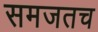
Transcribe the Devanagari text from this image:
समजतच